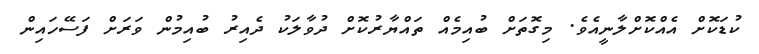
ކުޑަކޮށް އެއްކޮށްލާނީއެވެ. މިގޮތަށް ބުއިމެއް ތައްޔާރުކޮށް ދުވާލަކު ދެއިރު ބުއިމުން ވަރަށް ފަސޭހައިން